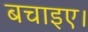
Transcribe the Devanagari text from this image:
बचाइए।